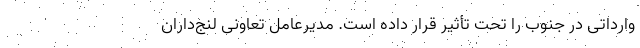
وارداتی در جنوب را تحت تأثیر قرار داده است. مدیرعامل تعاونی لنج‌داران